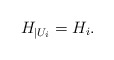
\begin{align*}H _{ | U_i} = H_i .\end{align*}